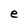
Character: e